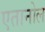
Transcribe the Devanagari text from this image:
एतानोल